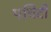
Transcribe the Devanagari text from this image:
पचिदी